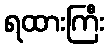
ရထားကြီး